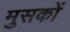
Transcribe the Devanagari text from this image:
मुसकों